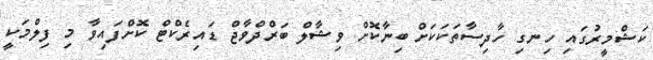
ކަޝްމީރުގައި ހިނގި ހާދިސާތަކަކަށް ބިނާކޮށް ވިޝާލް ބަރްދްވާޖް ޑައިރެކްޓް ކޮށްފައިވާ މި ފިލްމަކީ